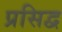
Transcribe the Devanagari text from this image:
प्रसिद्व